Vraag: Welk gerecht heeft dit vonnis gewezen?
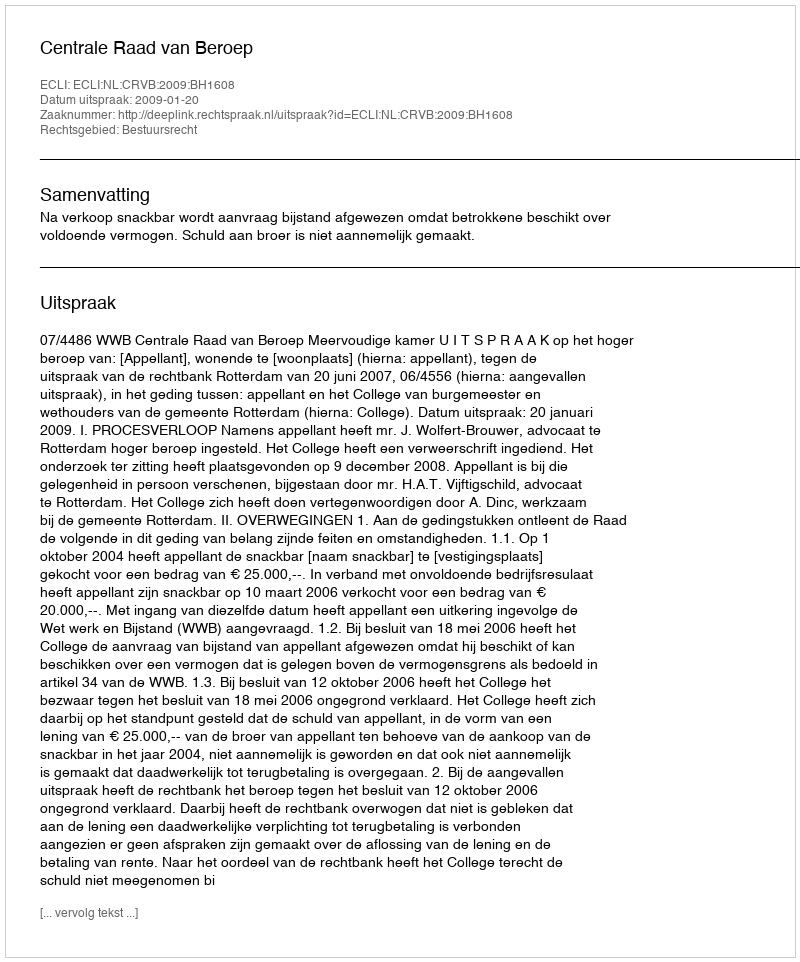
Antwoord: Centrale Raad van Beroep